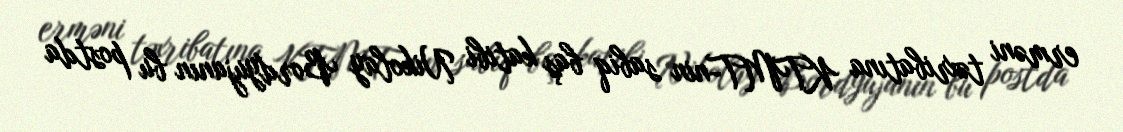
erməni təxribatına KTMT-nin sabiq baş katibi Nikolay Bordyujanın bu postda